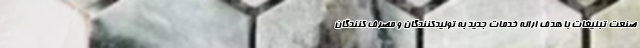
صنعت تبلیغات با هدف ارائه خدمات جدید به تولیدکنندگان و مصرف کنندگان